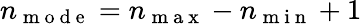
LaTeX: n_{\mathrm{~m~o~d~e~}}=n_{\mathrm{~m~a~x~}}-n_{\mathrm{~m~i~n~}}+1